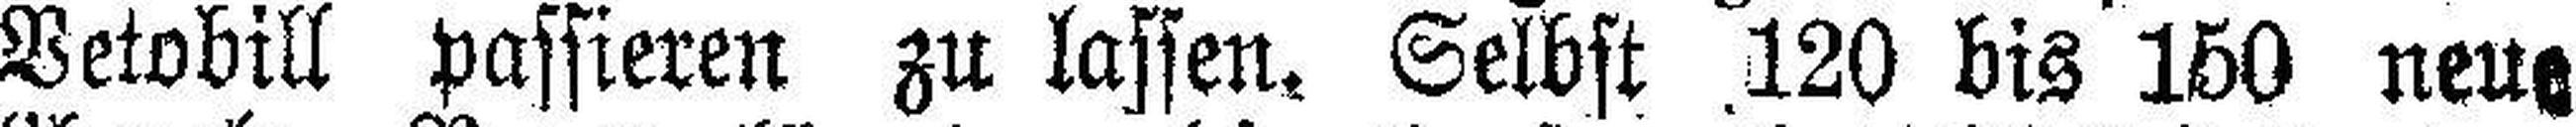
Vetobill passieren zu lassen. Selbst 120 bis 150 neue